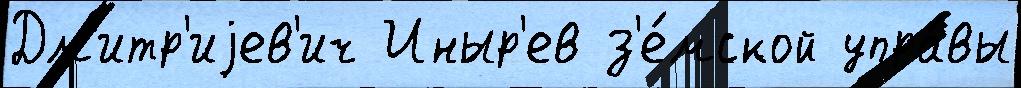
Дм'итр'иjев'ич Иныр'ев з'е́мской упра́вы